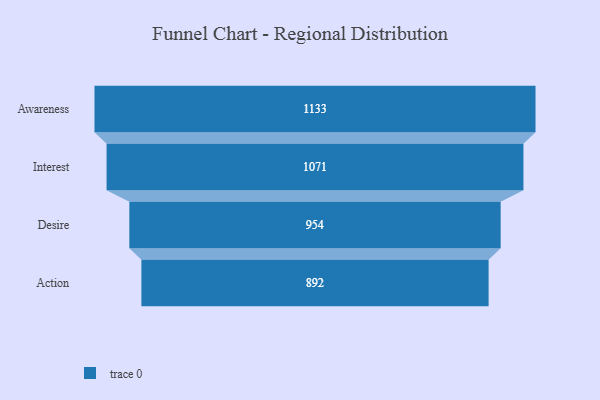
{"axis": {"x": "Stage", "y": "Value"}, "legend": [""], "data": [{"x": "Awareness", "y": 1133.0, "type": ""}, {"x": "Interest", "y": 1071.0, "type": ""}, {"x": "Desire", "y": 954.0, "type": ""}, {"x": "Action", "y": 892.0, "type": ""}]}